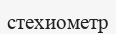
стехиометр